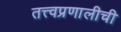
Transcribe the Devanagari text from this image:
तत्त्वप्रणालीची